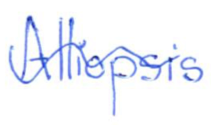
Text: Alliopsis
Cross-out: wave
Writing tool: ballpoint